Report on enteric fever
Disease focus: Fever
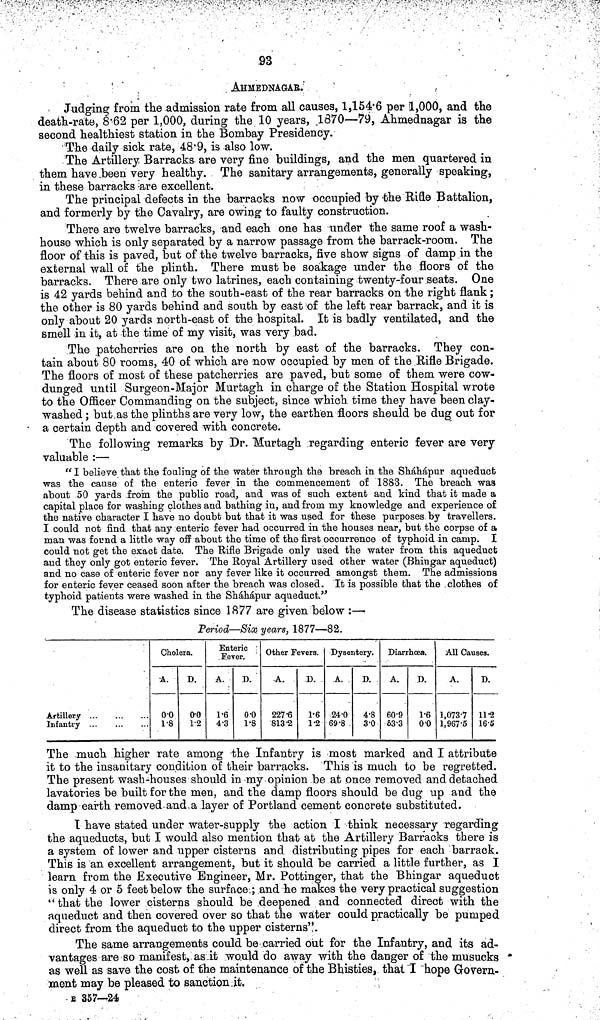
93
AHMEDNAGAr.
Judging from the admission rate from all causes, 1,154 6 per 1,000, and the
death rate, 8 62 per 1,000, during the 10 years, .1370—79, Ahmednagar is the
second healthiest station in the Bombay Presidency.
The daily sick rate, 48 9, is also low.
The Artillery Barracks are very fine buildings, and the men quartered in
them have been very healthy. The sanitary arrangements, generally speaking,
in these barracks are excellent.
The principal defects in the barracks now occupied by the Rifle Battalion,
and formerly by the Cavalry, are owing to faulty construction.
There are twelve barracks, and each one has under the same roof a wash
house which is only separated by a narrow passage from the barrack room. The
floor of this is paved, but of the twelve barracks, five show signs of damp in the
external wall of the plinth. There must be soakage under the floors of the
barracks. There are only two latrines, each containing twenty four seats. One
is 42 yards behind and to the south east of the rear barracks on the right flank;
the other is 80 yards behind and south by east of the left rear barrack, and it is
only about 20 yards north east of the hospital. It is badly ventilated, and the
smell in it, at the time of my visit, was very bad.
The patcherries are on the north by east of the barracks. They con-
tain about 80 rooms, 40 of which are now occupied by men of the Rifle Brigade.
The floors of most of these patcherries are paved, but some of them were cow
dunged until Surgeon Major Murtagh in charge of the Station Hospital wrote
to the Officer Commanding on the subject, since which time they have been clay
washed ; but as the plinths are very low, the earthen floors should be dug out for
a certain depth and covered with concrete.
The following remarks by Dr. Murtagh regarding enteric fever are very
valuable :—
"I believe that the foaling of the water through the breach in the Sháhápur aqueduct
was the cause of the enteric fever in the commencement of 1883. The breach was
about 50 yards from the public road, and was of such extent and kind that it made a
capital place for washing clothes and bathing in, and from my knowledge and experience of
the native character I have no doubt but that it was used for these purposes by travellers.
I could not find that any enteric fever had occurred in the houses near, but the corpse of a
man was found a little way off about the time of the first occurrence of typhoid in camp. I
could not get the exact date. The Rifle Brigade only used the water from this aqueduct
and they only got enteric fever. The Royal Artillery used other water (Bhingar aqueduct)
and no case of enteric fever nor any fever like it occurred amongst them. The admissions
for enteric fever ceased soon after the breach was closed. It is possible that the clothes of
typhoid patients were washed in the Sháhápur aqueduct."
The disease statistics since 1877 are given below :—
Period—Six years, 1877—82.
Artillery
Infantry
Cholera.
A.
0 0
1 8
D.
0 0
12
Enteric
Fever.
A.
1 6
4 3
D.
0 0
1 8
Other Fevers.
A.
227 6
813 2
D.
1 6
1 2
Dysentery.
A.
24 0
69 8
D.
4 8
3 0
Diarrhœa.
A.
60 9
53 3
D.
1 6
0 0
All Causes.
A.
1,073 7
1,967 5
D.
11 2
16 5
The much higher rate among the Infantry is most marked and I attribute
it to the insanitary condition of their barracks. This is much to be regretted.
The present wash houses should in my opinion be at once removed and detached
lavatories be built for the men, and the damp floors should be dug up and the
damp earth removed and a layer of Portland cement concrete substituted.
I have stated under water supply the action I think necessary regarding
the aqueducts, but I would also mention that at the Artillery Barracks there is
a system of lower and upper cisterns and distributing pipes for each barrack.
This is an excellent arrangement, but it should be carried a little further, as I
learn from the Executive Engineer, Mr. Pottinger, that the Bhingar aqueduct
is only 4 or 5 feet below the surface ; and he makes the very practical suggestion
"that the lower cisterns should be deepened and connected direct with the
aqueduct and then covered over so that the water could practically be pumped
direct from the aqueduct to the upper cisterns".
The same arrangements could be carried out for the Infantry, and its ad-
vantages are so manifest, as it would do away with the danger of the musucks
as well as save the cost of the maintenance of the Bhisties, that I hope Govern-
ment may be pleased to sanction it,
B 357—24